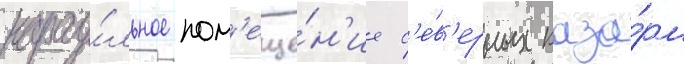
карау́льное пом'еще́н'ие с'е́в'ерных каза́рм